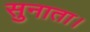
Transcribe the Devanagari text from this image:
सुनाता।